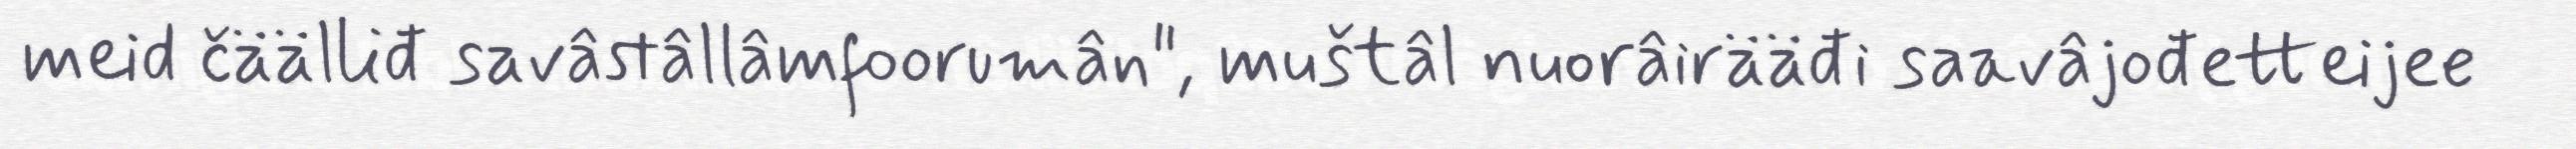
meid čäälliđ savâstâllâmfoorumân", muštâl nuorâirääđi saavâjođetteijee